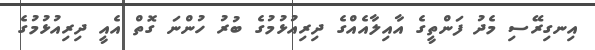
އިނގިރޭސި މެދު ފަންތީގެ އާއިލާއެއްގެ ދިރިއުޅުމުގެ ބުރު ހުންނަ ގޮތް އެއީ ދިރިއުޅުމުގެ